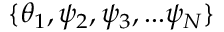
\{ \theta _ { 1 } , \psi _ { 2 } , \psi _ { 3 } , . . . \psi _ { N } \}